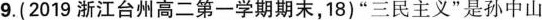
9.(2019浙江台州高二第一学期期末，18)”三民主义”是孙中山